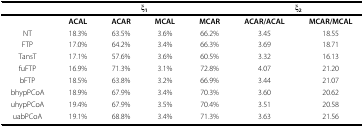
|  | <COLSPAN=4> ξ1 | <COLSPAN=2> ξ2 |
 | --- | --- | --- | --- | --- | --- | --- |
 |  | ACAL | ACAR | MCAL | MCAR | ACAR/ACAL | MCAR/MCAL |
 | NT | 18.3% | 63.5% | 3.6% | 66.2% | 3.45 | 18.55 |
 | FTP | 17.0% | 64.2% | 3.4% | 66.3% | 3.69 | 18.71 |
 | TansT | 17.1% | 57.6% | 3.6% | 60.5% | 3.32 | 16.13 |
 | fuFTP | 16.9% | 71.3% | 3.1% | 72.8% | 4.07 | 21.20 |
 | bFTP | 18.5% | 63.8% | 3.2% | 66.9% | 3.44 | 21.07 |
 | bhypPCoA | 18.9% | 67.9% | 3.4% | 70.3% | 3.60 | 20.62 |
 | uhypPCoA | 19.4% | 67.9% | 3.5% | 70.4% | 3.51 | 20.58 |
 | uabPCoA | 19.1% | 68.8% | 3.4% | 71.3% | 3.63 | 21.56 |